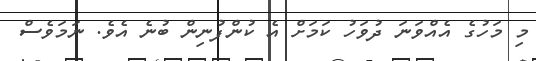
މި މަހުގެ އެއްވަނަ ދުވަހު ކަމަށް އެ ކުންފުނިން ބުނެ އެވެ. ނަމަވެސް